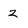
Character: 2